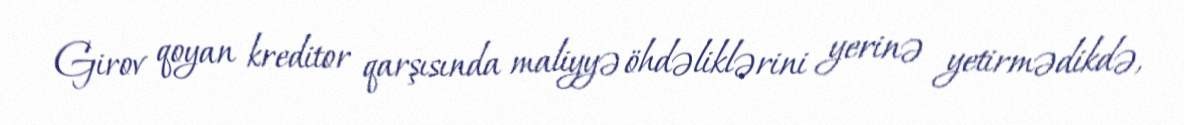
Girov qoyan kreditor qarşısında maliyyə öhdəliklərini yerinə yetirmədikdə,